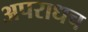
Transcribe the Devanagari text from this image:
अपराधच